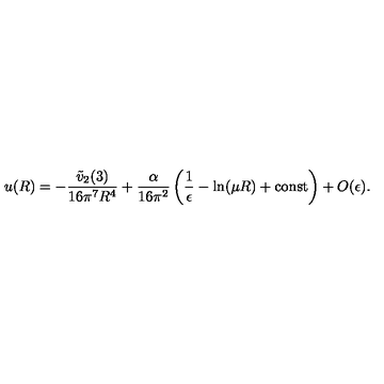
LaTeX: u ( R ) = - \frac { \tilde { v } _ { 2 } ( 3 ) } { 1 6 \pi ^ { 7 } R ^ { 4 } } + \frac { \alpha } { 1 6 \pi ^ { 2 } } \left( \frac { 1 } { \epsilon } - \ln ( \mu R ) + \mathrm { c o n s t } \right) + O ( \epsilon ) .